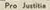
Pro Justitse